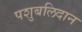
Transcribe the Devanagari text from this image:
पशुबलिदान